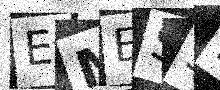
Text: EMES3F